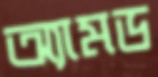
অ্যামড